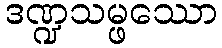
ဒဏ္ဍသမ္ဖဿော